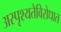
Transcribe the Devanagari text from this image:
अस्पृश्यतेविरोधात